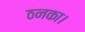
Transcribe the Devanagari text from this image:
ठनका।